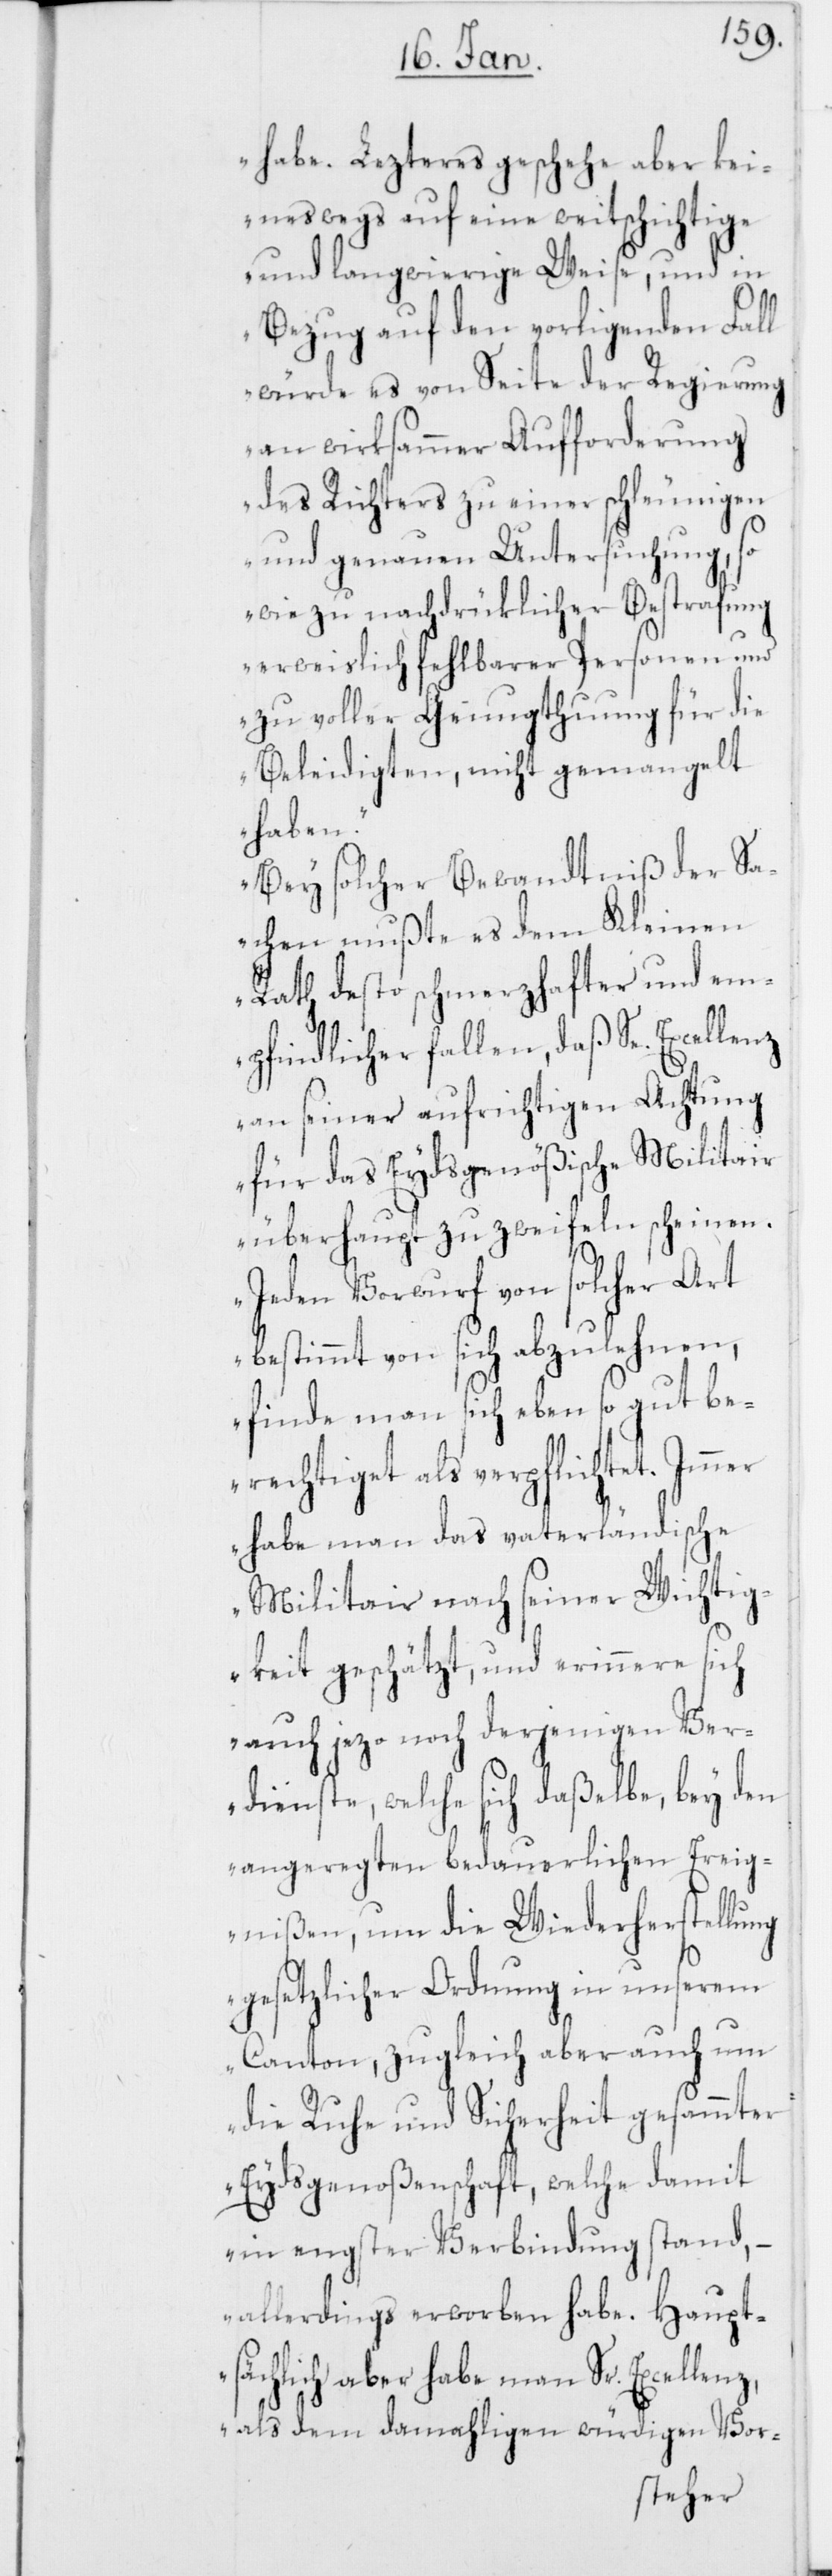
habe. Lezteres geschehe aber kei¬
neswegs auf eine weitschichtige
und langwierige Weise, und in
Bezug auf den vorligenden Fall
würde es von Seite der Regierung
an wirksammer Aufforderung
des Richters zu einer schleunigen
und genauen Untersuchung, so
wie zu nachdrüklicher Bestrafung
erweislich fehlbarer Personen und
zu voller Genugthuung für die
Beleidigten, nicht gemangelt
haben.
Bey solcher Bewandtniß der Sa¬
chen mußte es dem Kleinen
Rath desto schmerzhafter und em¬
pfindlicher fallen, daß Se. Excellenz
an seiner aufrichtigen Achtung
für das Eydsgenößische Militair
überhaupt zu zweifeln scheinen.
Jeden Vorwurf von solcher Art
bestimmt von sich abzulehnen,
finde man sich eben so gut be¬
rechtiget als verpflichtet.
habe man das vaterländische
Militair nach seiner Wichtig¬
keit geschätzt, und erinnere sich
auch jezo noch derjenigen Ver¬
dienste, welche sich daßelbe, bey den
angeregten bedauerlichen Ereig¬
nißen, um die Wiederherstellung
gesetzlicher Ordnung in unserem
Canton, zugleich aber auch um
die Ruhe und Sicherheit gesamter
Eydsgenoßenschaft, welche damit
in engster Verbindung stand,
allerdings erworben habe. Haupt¬
sächlich aber habe man Sr. Excellenz,
als dem damahligen würdigen Vor-